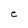
Character: C